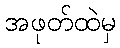
အဖုတ်ထဲမှ